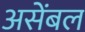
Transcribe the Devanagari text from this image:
असेंबल